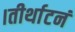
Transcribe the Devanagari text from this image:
।तीर्थाटनं